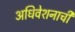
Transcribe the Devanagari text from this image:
अधिवेशनाची